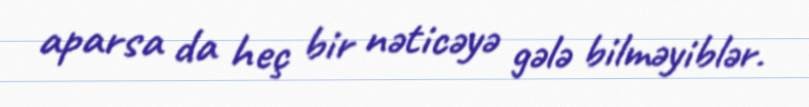
aparsa da heç bir nəticəyə gələ bilməyiblər.